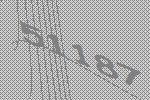
51187